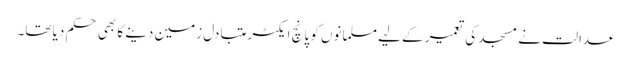
عدالت نے مسجد کی تعمیر کے لیے مسلمانوں کو پانچ ایکٹر متبادل زمین دینے کا بھی حکم دیا تھا۔